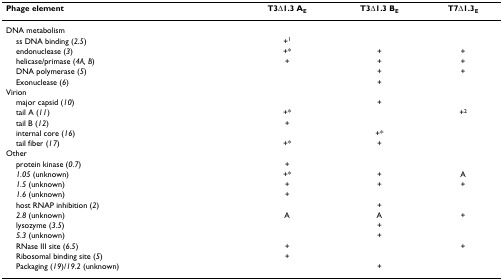
<table><thead><tr><td><b>Phage element</b></td><td><b>T3Δ1.3 A<sub>E</sub></b></td><td><b>T3Δ1.3 B<sub>E</sub></b></td><td><b>T7Δ1.3<sub>E</sub></b></td></tr></thead><tbody><tr><td>DNA metabolism</td><td>[EMPTY_CELL]</td><td>[EMPTY_CELL]</td><td>[EMPTY_CELL]</td></tr><tr><td> ss DNA binding (<i>2.5</i>)</td><td>+<sup>1</sup></td><td>[EMPTY_CELL]</td><td>[EMPTY_CELL]</td></tr><tr><td> endonuclease (<i>3</i>)</td><td>+*</td><td>+</td><td>+</td></tr><tr><td> helicase/primase (<i>4A, B</i>)</td><td>+</td><td>+</td><td>+</td></tr><tr><td> DNA polymerase (<i>5</i>)</td><td>[EMPTY_CELL]</td><td>+</td><td>+</td></tr><tr><td> Exonuclease (<i>6</i>)</td><td>[EMPTY_CELL]</td><td>+</td><td>[EMPTY_CELL]</td></tr><tr><td>Virion</td><td>[EMPTY_CELL]</td><td>[EMPTY_CELL]</td><td>[EMPTY_CELL]</td></tr><tr><td> major capsid (<i>10</i>)</td><td>[EMPTY_CELL]</td><td>+</td><td>[EMPTY_CELL]</td></tr><tr><td> tail A (<i>11</i>)</td><td>+*</td><td>[EMPTY_CELL]</td><td>+<sup>2</sup></td></tr><tr><td> tail B (<i>12</i>)</td><td>+</td><td>[EMPTY_CELL]</td><td>[EMPTY_CELL]</td></tr><tr><td> internal core (<i>16</i>)</td><td>[EMPTY_CELL]</td><td>+*</td><td>[EMPTY_CELL]</td></tr><tr><td> tail fiber (<i>17</i>)</td><td>+*</td><td>+</td><td>[EMPTY_CELL]</td></tr><tr><td>Other</td><td>[EMPTY_CELL]</td><td>[EMPTY_CELL]</td><td>[EMPTY_CELL]</td></tr><tr><td> protein kinase (<i>0.7</i>)</td><td>+</td><td>[EMPTY_CELL]</td><td>[EMPTY_CELL]</td></tr><tr><td> <i>1.05 </i>(unknown)</td><td>+*</td><td>+</td><td>A</td></tr><tr><td> <i>1.5 </i>(unknown)</td><td>+</td><td>+</td><td>+</td></tr><tr><td> <i>1.6 </i>(unknown)</td><td>+</td><td>[EMPTY_CELL]</td><td>[EMPTY_CELL]</td></tr><tr><td> host RNAP inhibition (<i>2</i>)</td><td>[EMPTY_CELL]</td><td>+</td><td>[EMPTY_CELL]</td></tr><tr><td> <i>2.8 </i>(unknown)</td><td>A</td><td>A</td><td>+</td></tr><tr><td> lysozyme (<i>3.5</i>)</td><td>[EMPTY_CELL]</td><td>+</td><td>[EMPTY_CELL]</td></tr><tr><td> <i>5.3 </i>(unknown)</td><td>[EMPTY_CELL]</td><td>+</td><td>[EMPTY_CELL]</td></tr><tr><td> RNase III site (<i>6.5</i>)</td><td>+</td><td>[EMPTY_CELL]</td><td>+</td></tr><tr><td> Ribosomal binding site (<i>5</i>)</td><td>+</td><td>[EMPTY_CELL]</td><td>[EMPTY_CELL]</td></tr><tr><td> Packaging (<i>19</i>)/<i>19.2 </i>(unknown)</td><td>[EMPTY_CELL]</td><td>+</td><td>[EMPTY_CELL]</td></tr></tbody></table>